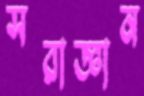
সরাজ্ঞান